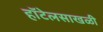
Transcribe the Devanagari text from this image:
हॉटेलसाखळी